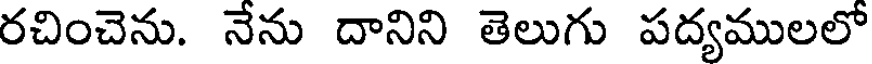
రచించెను. నేను దానిని తెలుగు పద్యములలో